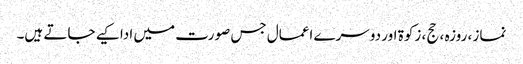
نماز ، روزہ ، حج ، زکوۃ اور دوسرے اعمال جس صورت میں ادا کیے جاتے ہیں۔